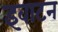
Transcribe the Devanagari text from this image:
इवाटन